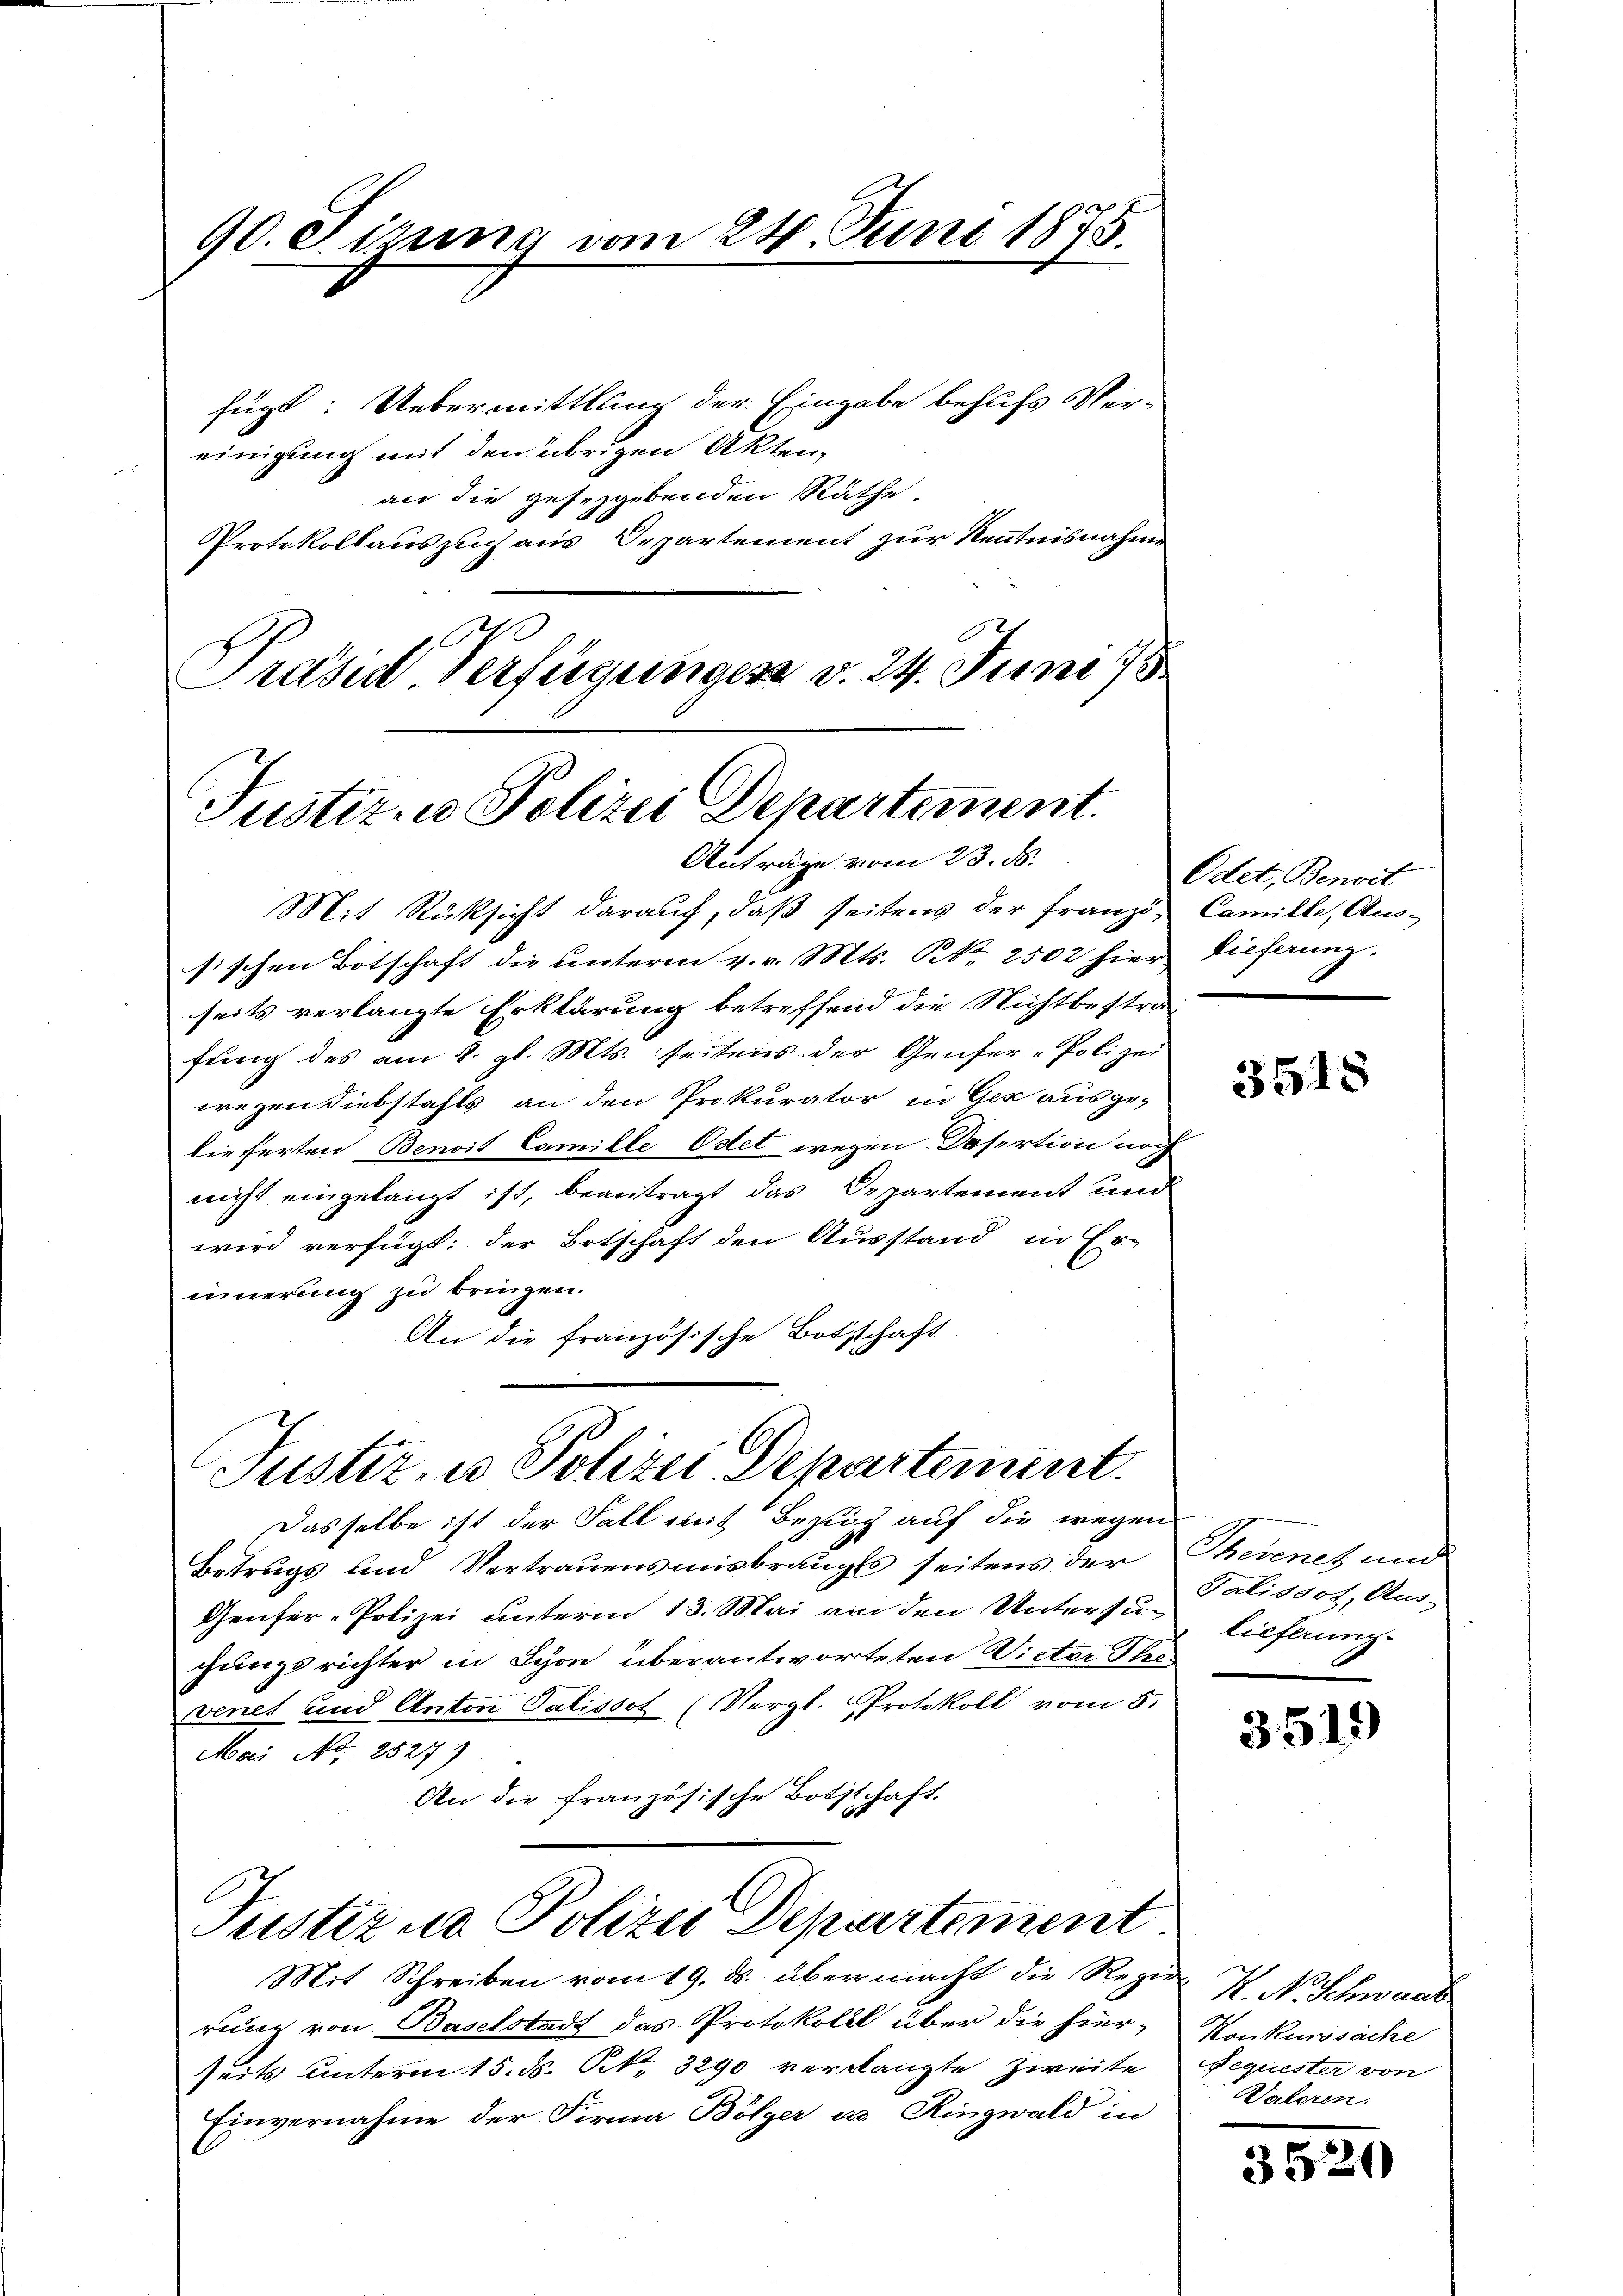
an die gesetzgebenden Räthe
Protokollauszug aus Departement zur Kenntnisnahme
O
Präsid Verfügungen v. 24. Juni 18

90. Sizung vom 24. Juni 1875.
fügt: Uebermittlung der Eingabe behufs Vereinigung mit den übrigen Akten,

Mit Rücksicht darauf, daß seitens der Franzi, Camille, Aus-
sischen Botschaft die unterm 4. v. Mts. S. 2502 hierseits verlangte Erklärung betreffend die Nichtbestra-
fung des am 8. gl. Mts. seitens der Genfer-Polizei
wegen Diebstahls an den Prokurator in Ges ausge-
lieferten Benoit Camille Ostet wegen Desertion noch
nicht eingelangt ist, beantragt das Departement und
wird verfügt: der Botschaft den Ausstand in Er-
iinerung zu bringen.
An die französische Bothschaft

Justiz- u Polizei Departement.
Anträge vom 23. ds.

Betrugs und Vertrauensmisbrauches seitens der
Genfer-Polizei unterm 13. Mai an den Untersu lieferung
chungsrichter in Schon überantworteten Victor Theevenet und Anton Salissot (Vergl. Protokoll vom 5.
Mai No 2527)
An die französische Bothschaft.

Justiz- u Polizei Departement.
Dasselbe ist der Fall mit Bezug auf die wegen

Justiz u. Polizei Departement

Mit Schreiben vom 19. ds. übermacht die Regie K. Nr. Schwaab
rung von Baselstadt das Protokolll über die hier-
seits unterm 15. ds. S. 3290 verlangte Zweite
Einvernahme der Firma Bölger u Ringwald in

Odet, Benoit
dieferung.

3515

Thevenez und
Talissot, Aus-

3519)

Konkursache
Sequester von
Vateren.

3520